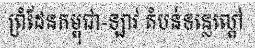
ព្រំដែនកម្ពុជា-ឡាវ តំបន់ទន្លេល្ពៅ